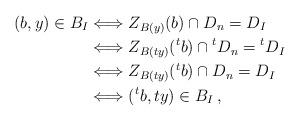
LaTeX: \begin{align*}(b,y)\in B_I&\Longleftrightarrow Z_{B(y)}(b)\cap D_n=D_I\\&\Longleftrightarrow Z_{B(ty)}({}^tb)\cap {}^tD_n={}^tD_I\\&\Longleftrightarrow Z_{B(ty)}({}^tb)\cap D_n=D_I\\&\Longleftrightarrow ({}^tb,ty)\in B_I\,,\end{align*}